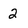
Character: 2